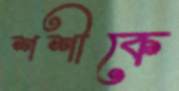
শশীকে